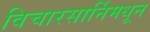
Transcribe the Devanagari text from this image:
विचारसार्निमधून